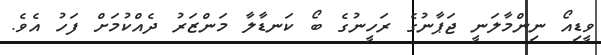
ވީޑިއޯ ނިންމާލަނީ ޖަޕާނުގެ ރަހީނުގެ ބޯ ކަނޑާލާ މަންޒަރު ދެއްކުމަށް ފަހު އެވެ.